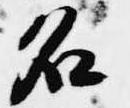
名